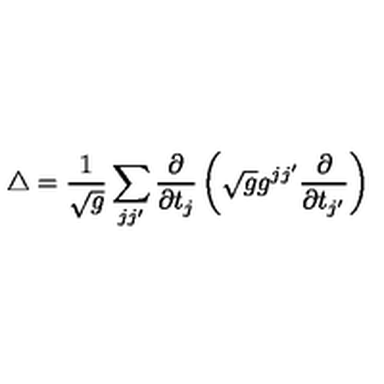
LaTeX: \triangle = { \frac { 1 } { \sqrt { g } } } \sum _ { j j ^ { \prime } } { \frac { \partial } { \partial t _ { j } } } \left( \sqrt { g } g ^ { j j ^ { \prime } } { \frac { \partial } { \partial t _ { j ^ { \prime } } } } \right)